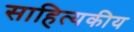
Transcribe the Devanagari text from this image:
साहित्यकीय